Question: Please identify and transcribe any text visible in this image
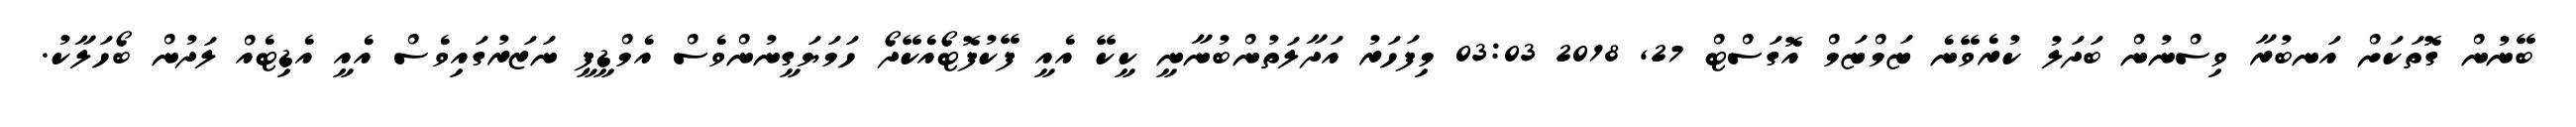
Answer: ބޭނުން ގޮތަކަށް އަނބުރާ ވިސްނުން ބަދަލު ކުރެވޭނެ ޏަމްޏަމް އޮގަސްޓް 27, 2018 03:03 މިފަހަރު އަދާލަތުންބުނާނީ ކީކޭ އެއީ ފޭކުފޮޓޯއެކޭދޯ ހަމަޔަގީނުންވެސް އެމްޑީޕީ ނަޒަރުގައިވެސް އެއީ އެޑިޓެއް ލަދުން ބޯހަލާކު.